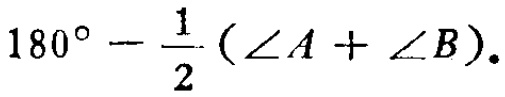
$180^{\circ}-\frac{1}{2}(\angle A+\angle B).$